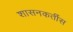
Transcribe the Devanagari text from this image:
शासनकर्तीस